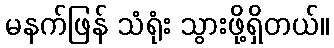
မနက်ဖြန် သံရုံး သွားဖို့ရှိတယ်။